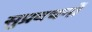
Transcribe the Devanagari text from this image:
सुप्रवचनों